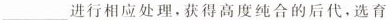
___进行相应处理，获得高度纯合的后代，选育